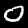
Label: 0